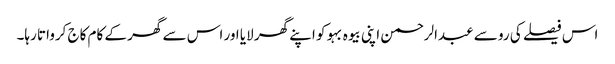
اس فیصلے کی رو سے عبدالرحمن اپنی بیوہ بہو کو اپنے گھر لایا اور اس سے گھر کے کام کاج کرواتا رہا۔